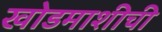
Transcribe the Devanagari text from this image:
खोडमाशीची